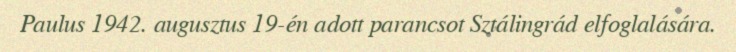
Paulus 1942. augusztus 19-én adott parancsot Sztálingrád elfoglalására.